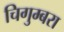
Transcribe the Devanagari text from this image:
चिगुम्बरा